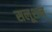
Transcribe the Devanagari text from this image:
सलूशन्